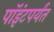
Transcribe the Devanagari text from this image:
पॉइंटपर्यंत